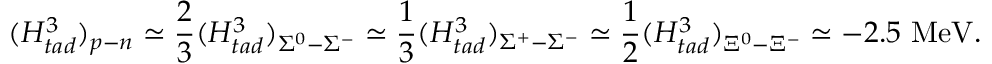
( H _ { t a d } ^ { 3 } ) _ { p - n } \simeq \frac { 2 } { 3 } ( H _ { t a d } ^ { 3 } ) _ { \Sigma ^ { 0 } - \Sigma ^ { - } } \simeq \frac { 1 } { 3 } ( H _ { t a d } ^ { 3 } ) _ { \Sigma ^ { + } - \Sigma ^ { - } } \simeq \frac { 1 } { 2 } ( H _ { t a d } ^ { 3 } ) _ { \Xi ^ { 0 } - \Xi ^ { - } } \simeq - 2 . 5 \mathrm { ~ M e V } .